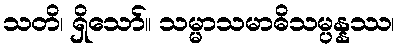
သတိ၊ ရှိသော်။ သမ္မာသမာဓိသမ္ပန္နဿ၊